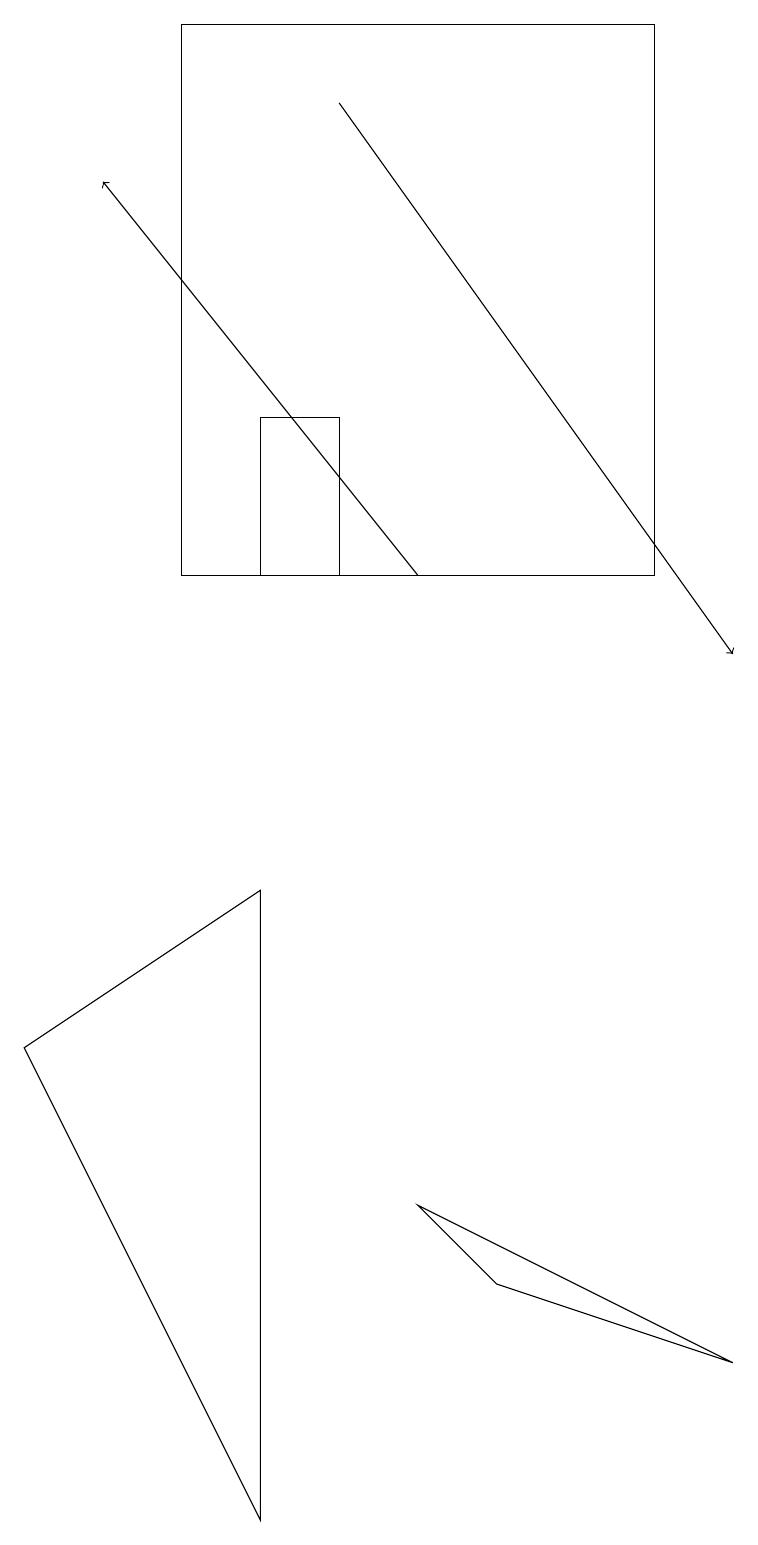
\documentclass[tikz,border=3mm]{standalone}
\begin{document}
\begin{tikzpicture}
\draw (5,4) -- (9,2) -- (6,3) -- cycle;
\draw[->] (4,18) -- (9,11);
\draw[->] (5,12) -- (1,17);
\draw (0,6) -- (3,8) -- (3,0) -- cycle;
\draw (8,19) rectangle (2,12);
\draw (3,14) rectangle (4,12);
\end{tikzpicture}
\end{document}